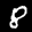
Label: 8